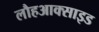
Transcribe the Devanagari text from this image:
लौहआक्साइड